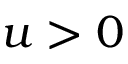
u > 0